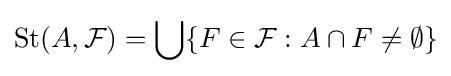
{\text{St}}(A,{\mathcal {F}})=\bigcup \{F\in {\mathcal {F}}:A\cap F\neq \emptyset \}